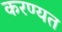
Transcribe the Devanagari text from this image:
करण्यत